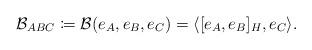
LaTeX: \begin{align*} \mathcal{B}_{ABC} \coloneqq \mathcal{B}(e_A,e_B,e_C)=\langle [e_A,e_B]_H,e_C\rangle.\end{align*}